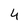
Character: 4